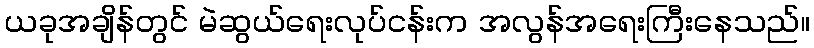
ယခုအချိန်တွင် မဲဆွယ်ရေးလုပ်ငန်းက အလွန်အရေးကြီးနေသည်။